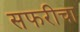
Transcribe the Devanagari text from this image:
सफरीचा